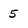
Character: 5